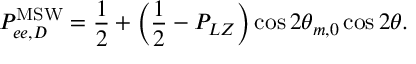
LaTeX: P _ { e e , D } ^ { \mathrm { M S W } } = \frac { 1 } { 2 } + \left( \frac { 1 } { 2 } - P _ { L Z } \right) \cos 2 \theta _ { m , 0 } \cos 2 \theta .